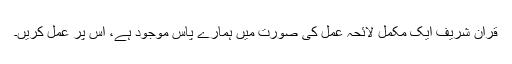
قرآن شریف ایک مکمل لائحہ عمل کی صورت میں ہمارے پاس موجود ہے، اس پر عمل کریں۔